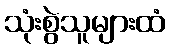
သုံးစွဲသူများထံ